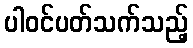
ပါဝင်ပတ်သက်သည့်